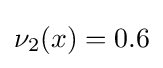
\nu _{2}(x)=0.6